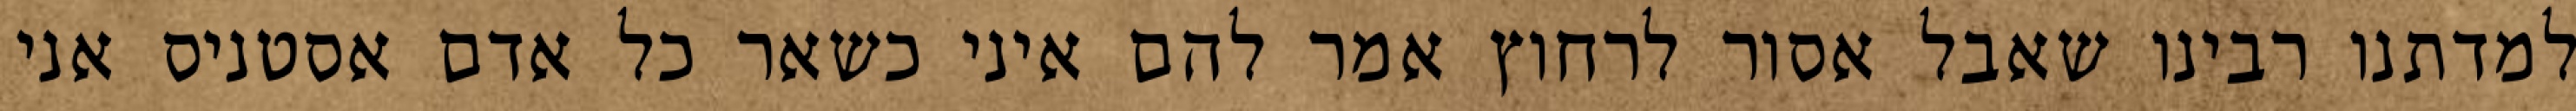
למדתנו רבינו שאבל אסור לרחוץ אמר להם איני כשאר כל אדם אסטניס אני